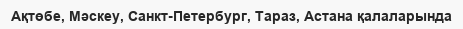
Ақтөбе, Мәскеу, Санкт-Петербург, Тараз, Астана қалаларында